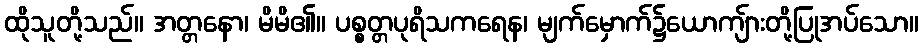
ထိုသူတို့သည်။ အတ္တနော၊ မိမိ၏။ ပစ္စတ္တပုရိသကရေန၊ မျက်မှောက်၌ယောကျ်ားတို့ပြုအပ်သော။